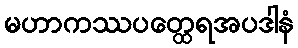
မဟာကဿပတ္ထေရအပဒါနံ